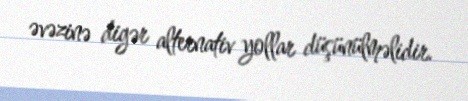
əvəzinə digər alternativ yollar düşünülməlidir.